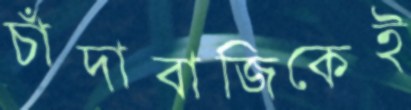
চাঁদাবাজিকেই